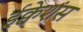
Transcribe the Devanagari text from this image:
ईक्वेशंस